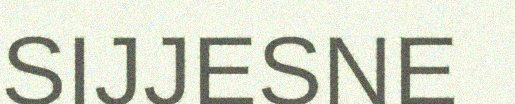
SIJJESNE